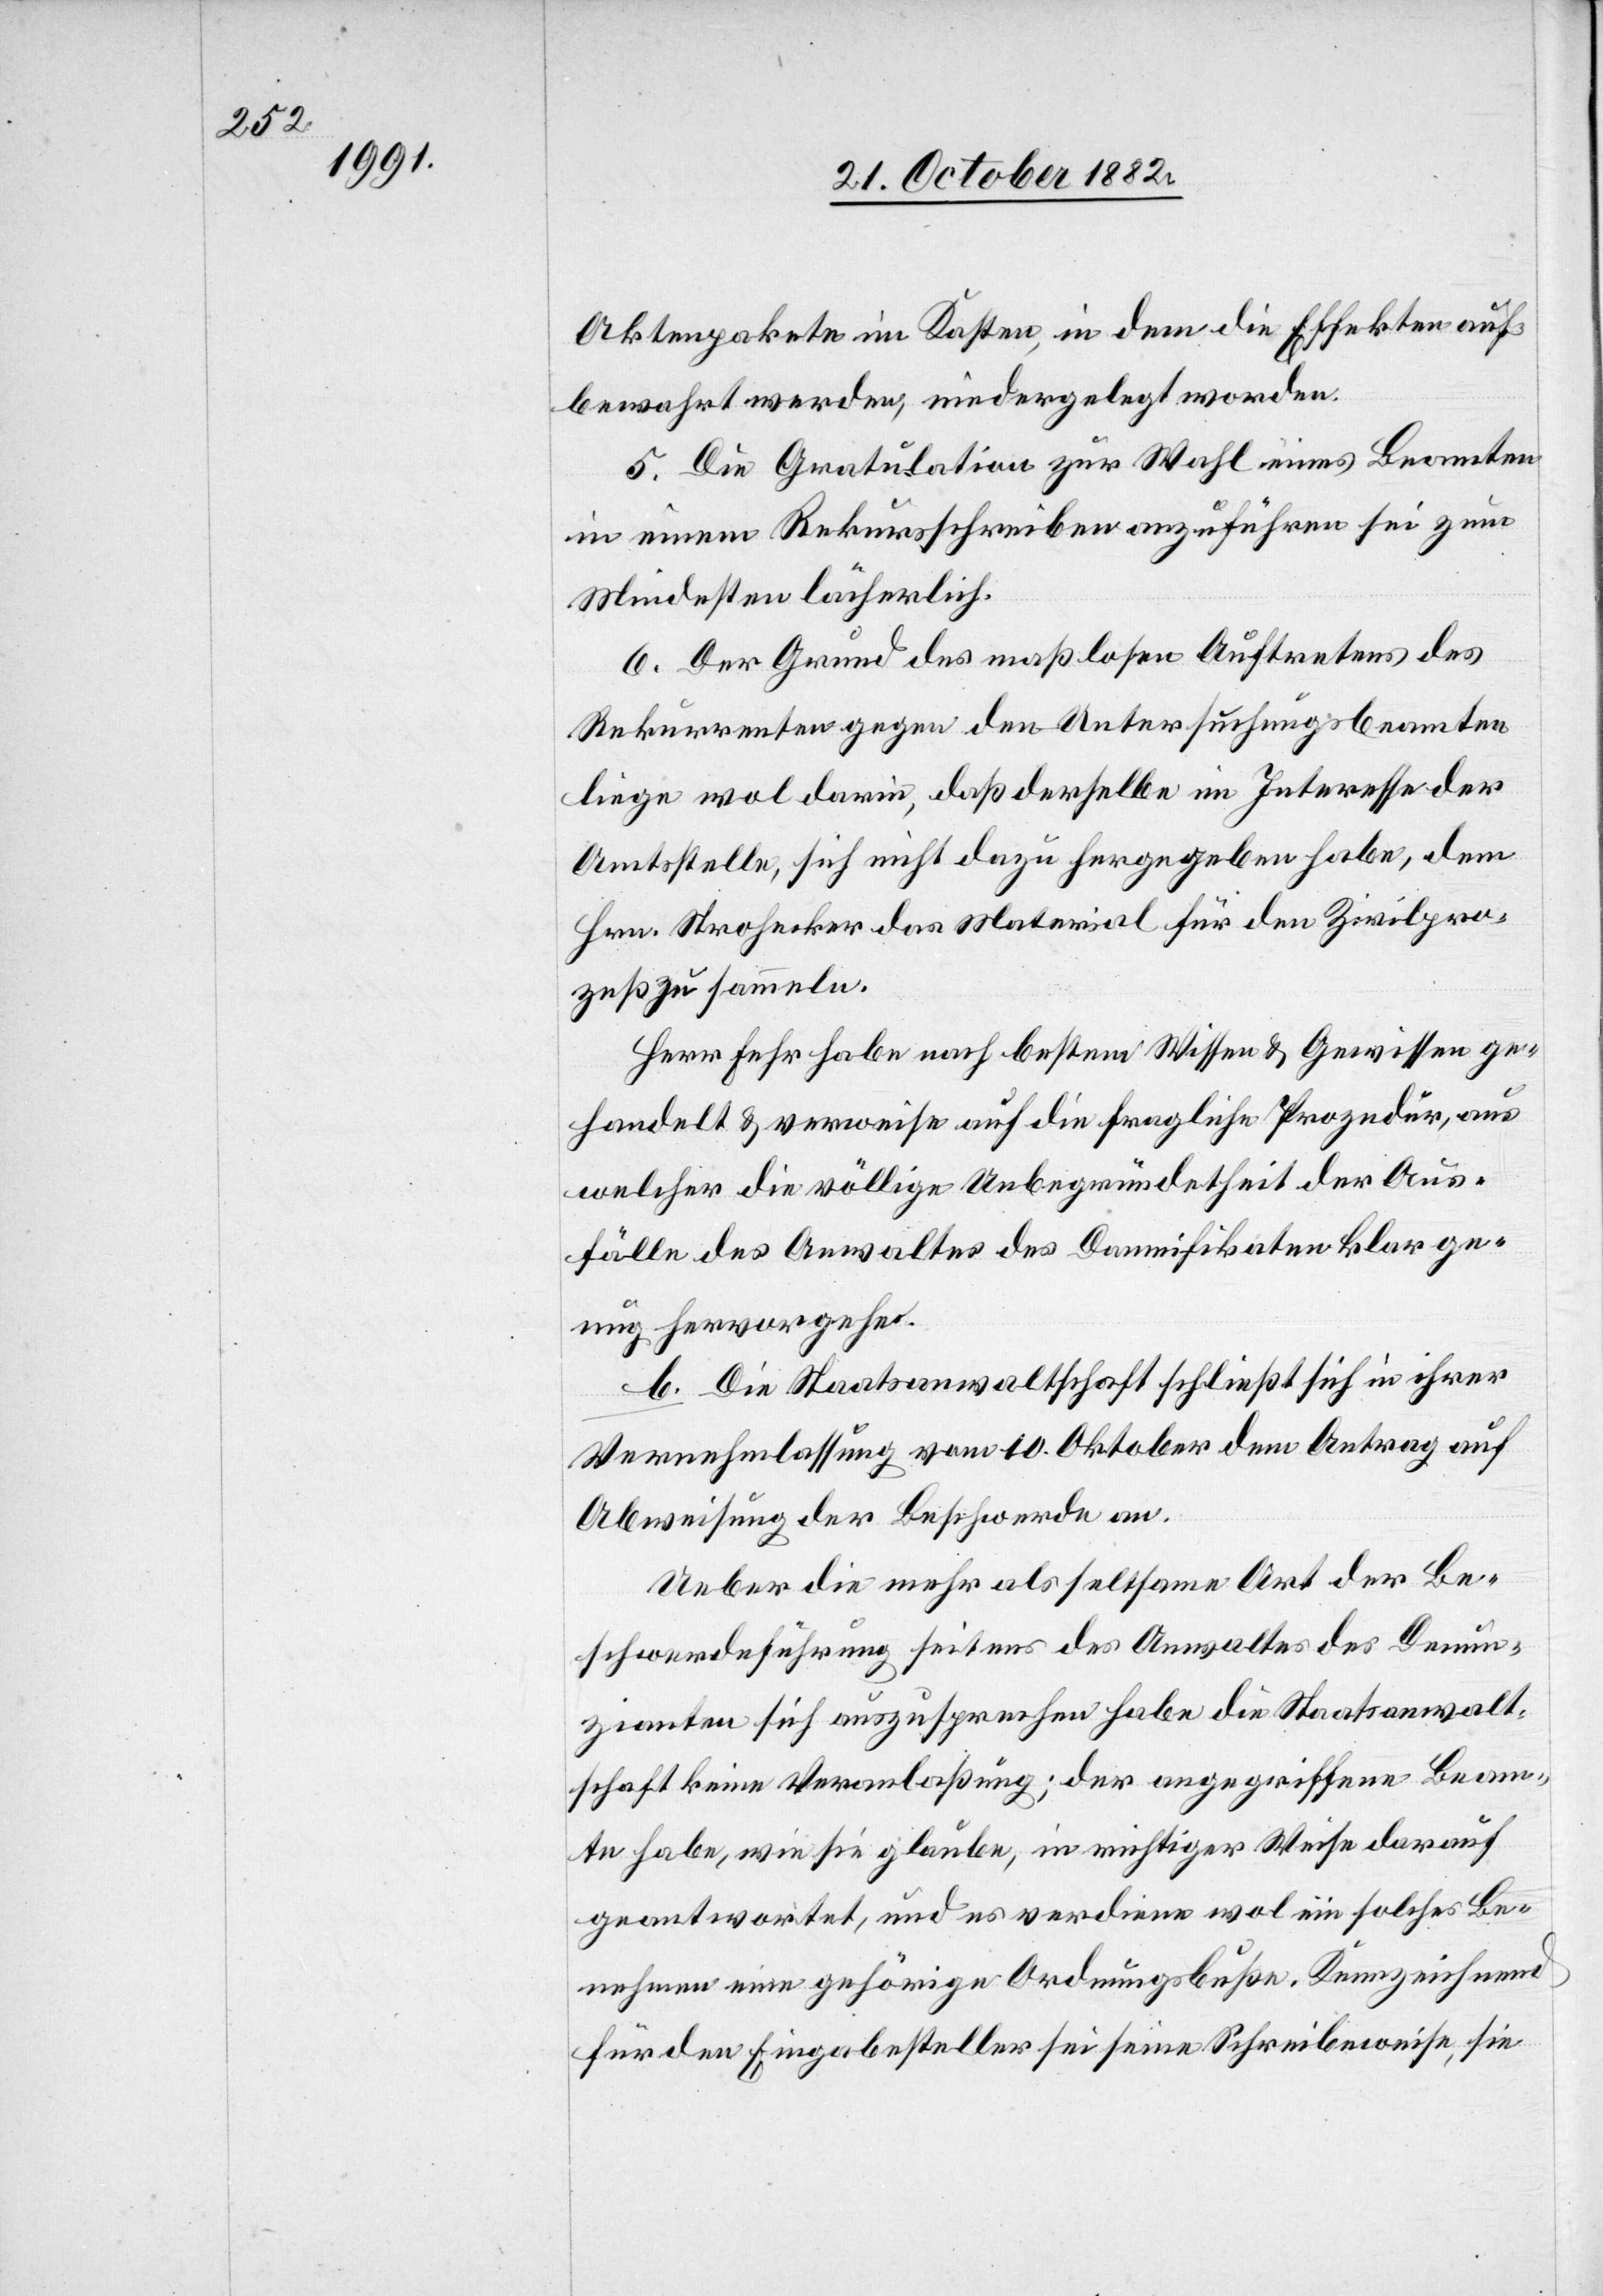
Aktenpakete im Kasten, in dem die Effekten auf¬
bewahrt werden, niedergelegt worden.
5. Die Gratulation zur Wahl eines Beamten
in einem Rekursschreiben anzuführen sei zum
Mindestens lächerlich.
6. Der Grund des maßlosen Auftretens des
Rekurrenten gegen den Untersuchungsbeamten
liege wol darin, daß derselbe im Interesse der
Amtsstelle, sich nicht dazu hergegeben habe, dem
Hrn. Strohecker das Material für den Zivilpro¬
zeß zu sammeln.
Herr Fehr habe nach bestem Wissen & Gewissen ge¬
handelt & verweise auf die fragliche Prozedur, aus
welcher die völlige Unbegründetheit der Aus¬
fälle des Anwaltes des Damnifikaten klar ge¬
nug hervorgehe.
b. Die Staatsanwaltschaft schließt sich in ihrer
Vernehmlassung vom 10. Oktober dem Antrag auf
Abweisung der Beschwerde an.
Ueber die mehr als seltsame Art der Be¬
schwerdeführung seitens des Anwaltes des Denun¬
zianten sich auszusprechen habe die Staatsanwalt¬
schaft keine Veranlaßung; der angegriffene Beam¬
te habe, wie sie glaube, in richtiger Weise darauf
geantwortet, und es verdiene wol ein solches Be¬
nehmen eine gehörige Ordnungsbuße. Kennzeichnend
für den Eingabesteller sei seine Schreibweise, sie